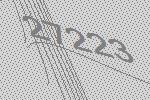
27223